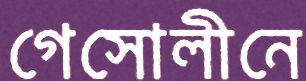
গেসোলীনে